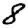
Digit: 8